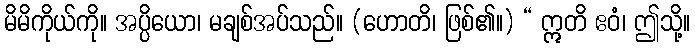
မိမိကိုယ်ကို။ အပ္ပိယော၊ မချစ်အပ်သည်။ (ဟောတိ၊ ဖြစ်၏။) “ ဣတိ ဧဝံ၊ ဤသို့။